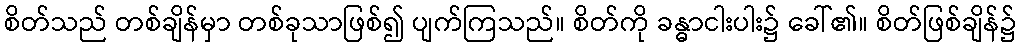
စိတ်သည် တစ်ချိန်မှာ တစ်ခုသာဖြစ်၍ ပျက်ကြသည်။ စိတ်ကို ခန္ဓာငါးပါး၌ ခေါ်၏။ စိတ်ဖြစ်ချိန်၌